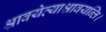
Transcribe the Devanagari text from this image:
श्रावयेत्याश्रावयन्ति।